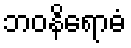
ဘဝနိရောဓံ